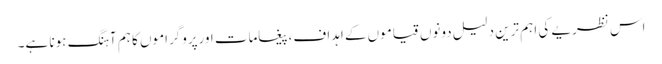
اس نظریے کی اہم ترین دلیل دونوں قیاموں کے اہداف،پیغامات اورپروگراموں کا ہم آہنگ ہونا ہے۔